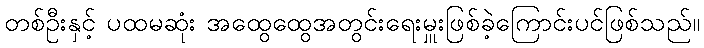
တစ်ဦးနှင့် ပထမဆုံး အထွေထွေအတွင်းရေးမှူးဖြစ်ခဲ့ကြောင်းပင်ဖြစ်သည်။